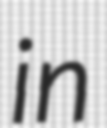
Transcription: in